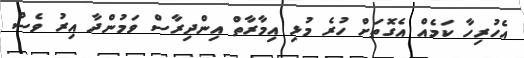
އެހުރިހާ ކަމެއް އެގޮތަށް ހުރެ މުޅި އިމާރާތް އިންދިރާސް ވަމުންދާ އިރު ވެސް